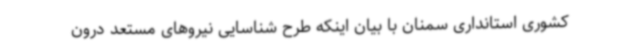
کشوری استانداری سمنان با بیان اینکه طرح شناسایی نیروهای مستعد درون